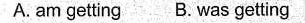
A. am getting B. was getting